画像に写った文字を読んでください
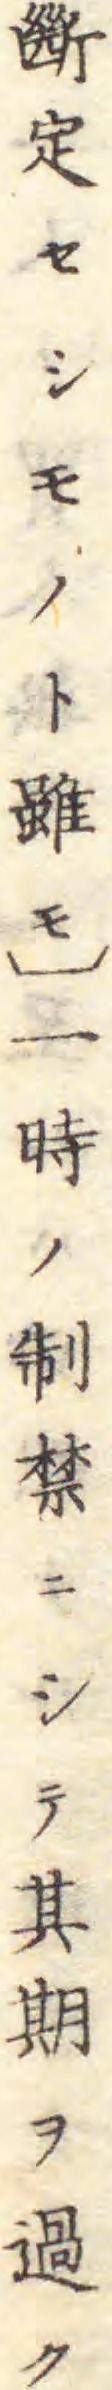
「斷定セシモノト雖モ〕一時ノ制禁ニシテ其期ヲ過ク」と書いてあります